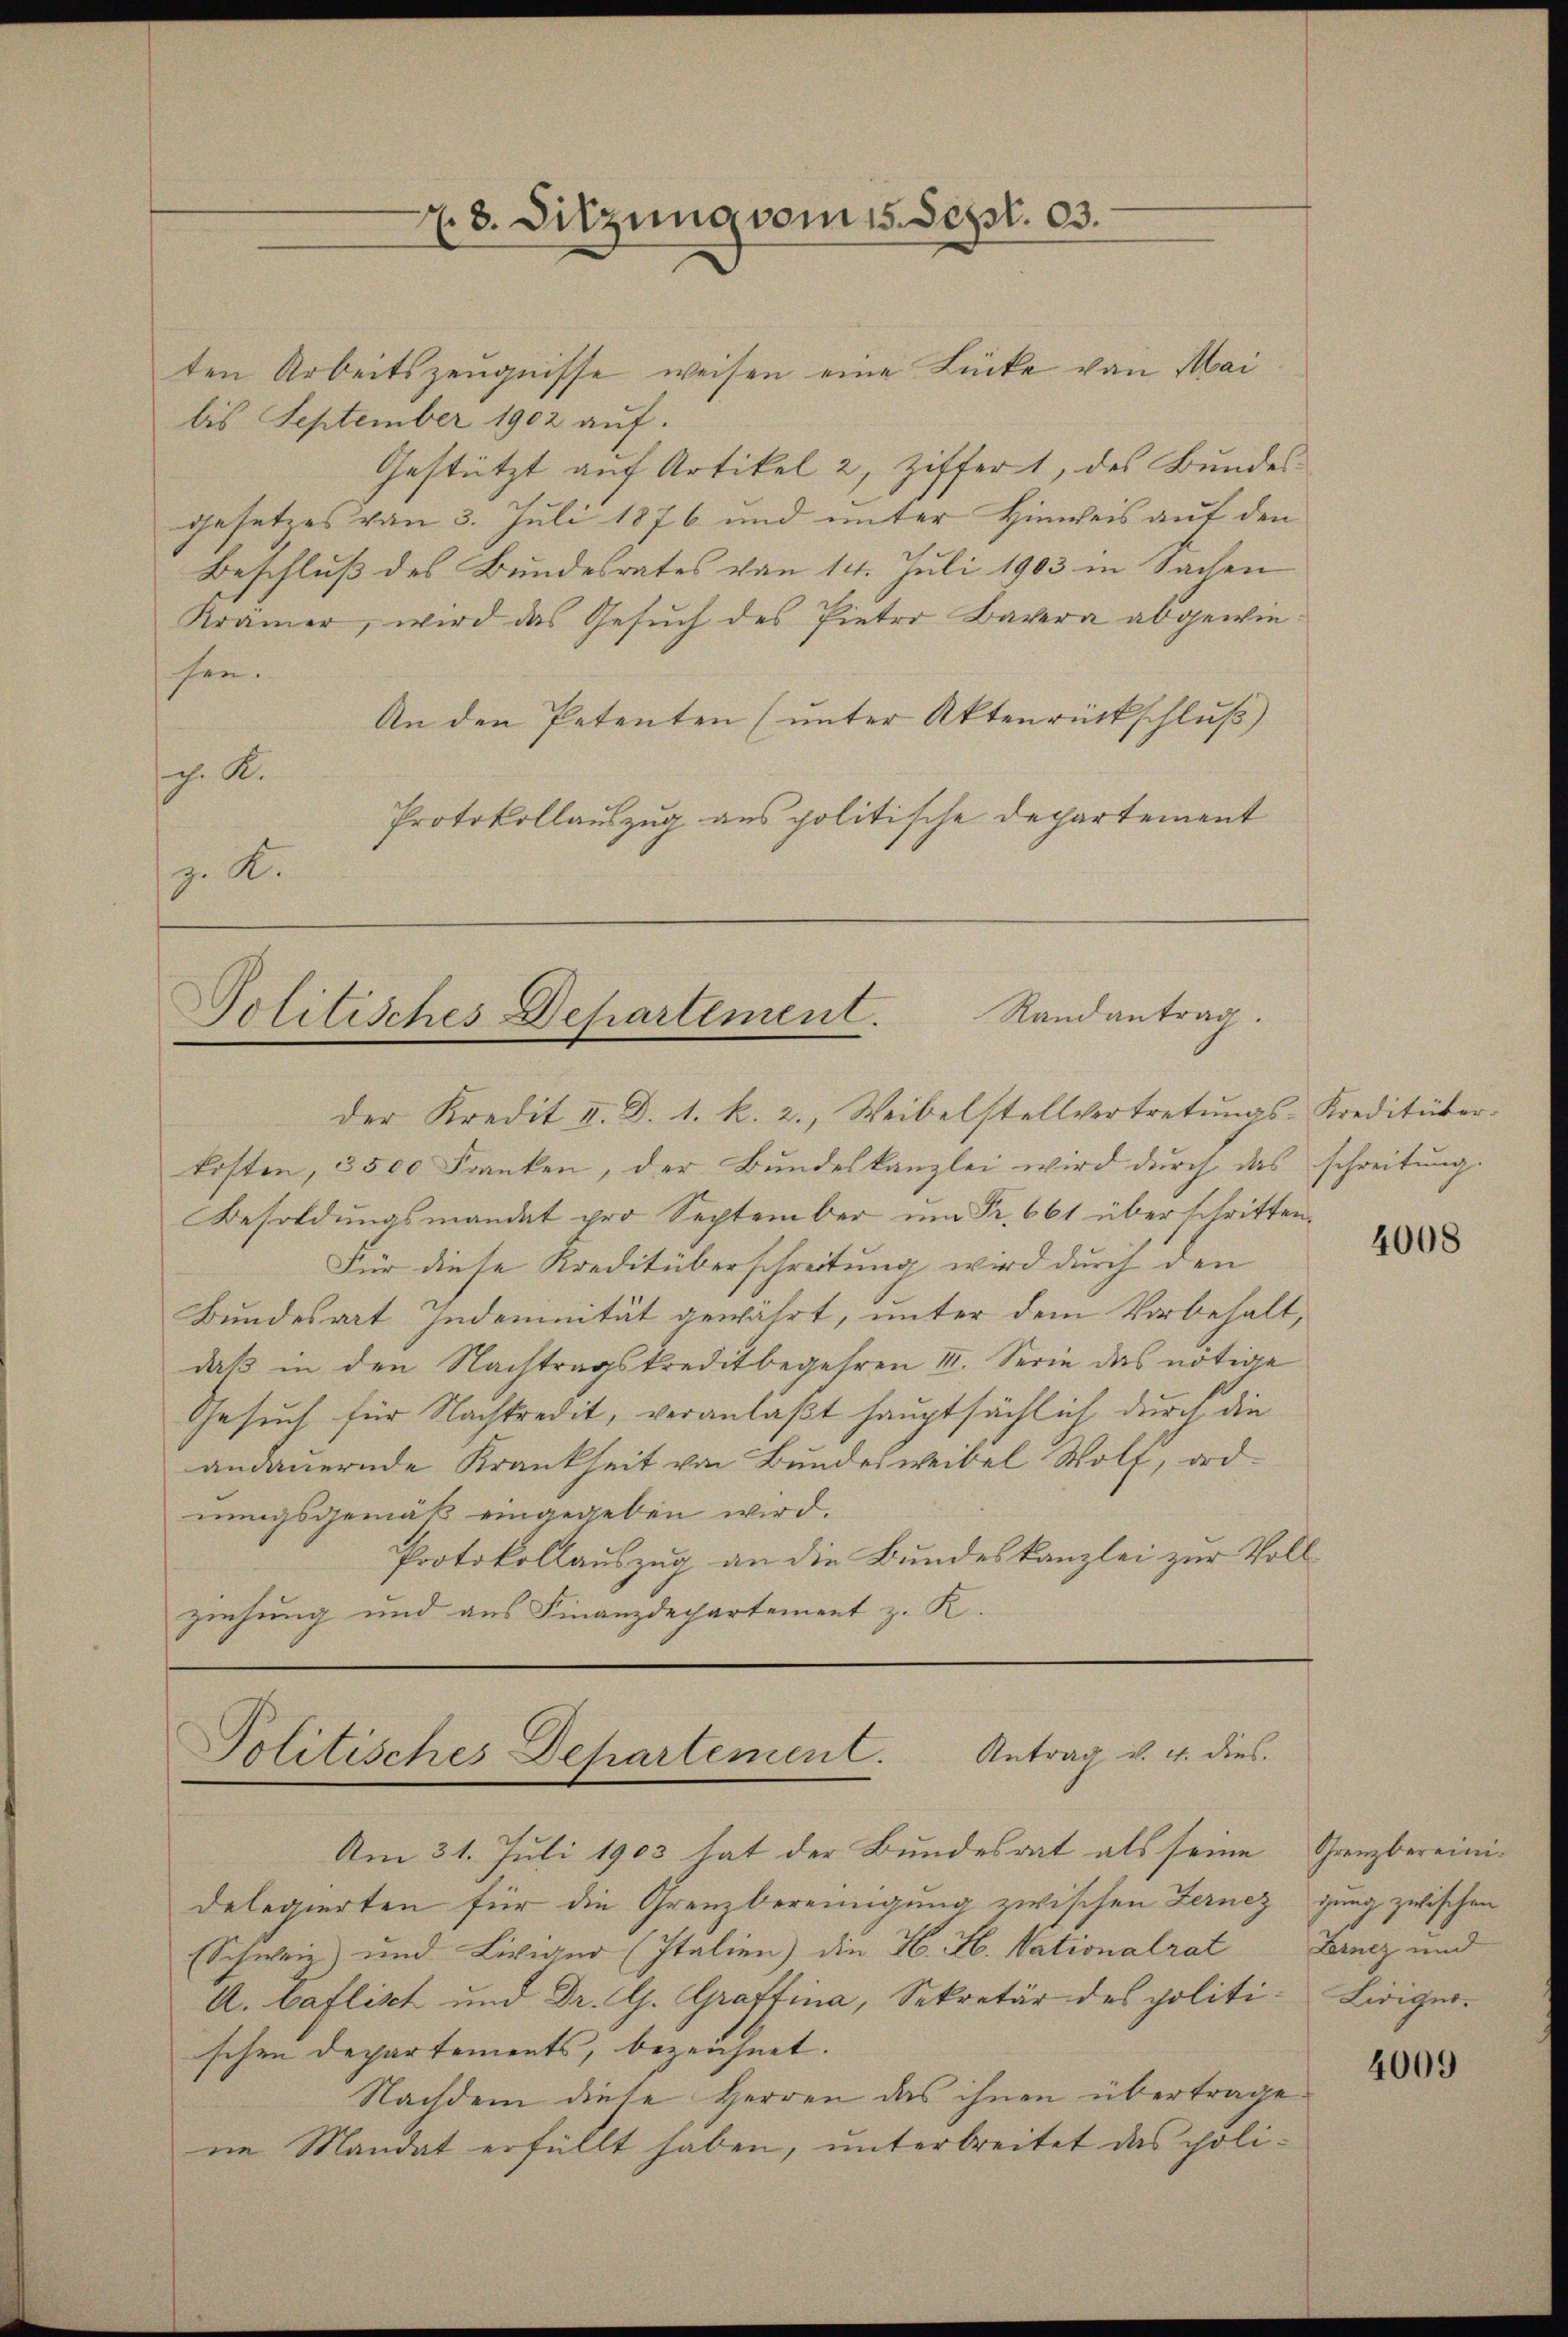
ten Arbeitszeugnisse weisen eine Lücke von Mai
bis September 1902 auf.
Gestützt auf Artikel 2, Ziffer 1, des Bundesgesetzes von 3. Juli 1876 und unter Hinweis auf den
Beschluß des Bundesrates von 14. Juli 1903 in Sachen
Krämer, wird das Gesuch des Pieter Bavera abgewiehen.
An den Petenten (unter Aktenrückschluß)
c. K.
Protokollauszug aus politische Departement
z. R.

. 8. Sitzung vom 15. Sept. 103.

Randantrag.
Politisches Departement.
der Kredit II. D. 1. k. 2., Weibelstellvertretungs-Kreditüber¬

kosten, 3500 Franken, der Bundeskanzlei wird durch das schreitung.
Besoldungsmandat pro September um Fr. 661 überschritten.
Für diese Kreditüberschreitung wird durch den
Bundesrat Indemnität gewährt, unter dem Vorbehalt,
daß in den Nachtragskreditbegehren III. Serie das nötige
Gesuch für Nachtredit, veranlaßt hauptsächlich durch die
andauernde Krankheit von Bundesweibel Wolf, ord-
nungsgemäß eingegeben wird.
Protokollauszug an die Bundeskanzlei zur Voll-
ziehung und aus Finanzdepartement z. K.

Politisches Departement. Antrag v. 4. dies
Am 31. Juli 1903 hat der Bundesrat als seine Grenzbereini¬

delegierten für die Grenzbereinigung zwischen Fernez gung zwischen
Schweiz und Liviger (Italien) die H. H. Vationalrat
A. Caflikt und Dr. G. Graffina, Sekretär des politi-Lirigerschen Departements, bezeichnet.
Nachdem diese Herren das ihnen übertrage
ne Mandat erfüllt haben, unterbreitet das poli¬

4008

Lernez und

4009